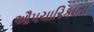
ઔપચારિકાતા